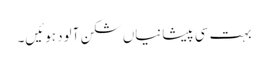
بہت سی پیشانیاں شکن آلود ہوئیں۔